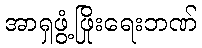
အာရှဖွံ့ဖြိုးရေးဘဏ်